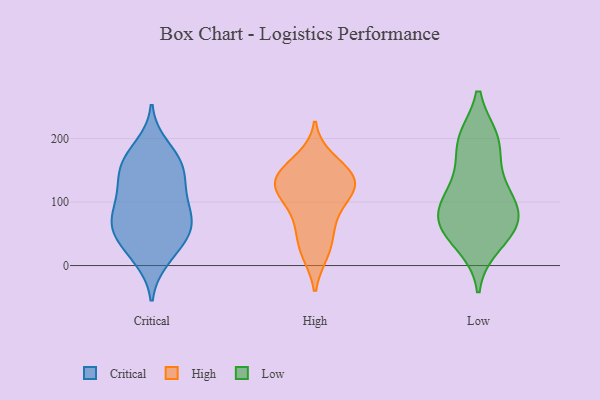
{"axis": {"x": "Waste Production (Tons)", "y": "Value"}, "legend": ["Critical", "High", "Low"], "data": [{"x": "", "y": 161, "type": "Critical"}, {"x": "", "y": 70, "type": "Critical"}, {"x": "", "y": 164, "type": "Critical"}, {"x": "", "y": 61, "type": "Critical"}, {"x": "", "y": 59, "type": "Critical"}, {"x": "", "y": 166, "type": "Critical"}, {"x": "", "y": 188, "type": "Critical"}, {"x": "", "y": 65, "type": "Critical"}, {"x": "", "y": 43, "type": "Critical"}, {"x": "", "y": 90, "type": "Critical"}, {"x": "", "y": 134, "type": "Critical"}, {"x": "", "y": 147, "type": "Critical"}, {"x": "", "y": 16, "type": "Critical"}, {"x": "", "y": 115, "type": "Critical"}, {"x": "", "y": 44, "type": "Critical"}, {"x": "", "y": 116, "type": "Critical"}, {"x": "", "y": 10, "type": "Critical"}, {"x": "", "y": 89, "type": "Critical"}, {"x": "", "y": 121, "type": "High"}, {"x": "", "y": 80, "type": "High"}, {"x": "", "y": 143, "type": "High"}, {"x": "", "y": 168, "type": "High"}, {"x": "", "y": 128, "type": "High"}, {"x": "", "y": 107, "type": "High"}, {"x": "", "y": 128, "type": "High"}, {"x": "", "y": 157, "type": "High"}, {"x": "", "y": 63, "type": "High"}, {"x": "", "y": 110, "type": "High"}, {"x": "", "y": 129, "type": "High"}, {"x": "", "y": 19, "type": "High"}, {"x": "", "y": 144, "type": "High"}, {"x": "", "y": 50, "type": "High"}, {"x": "", "y": 20, "type": "High"}, {"x": "", "y": 56, "type": "Low"}, {"x": "", "y": 79, "type": "Low"}, {"x": "", "y": 34, "type": "Low"}, {"x": "", "y": 196, "type": "Low"}, {"x": "", "y": 195, "type": "Low"}, {"x": "", "y": 116, "type": "Low"}, {"x": "", "y": 77, "type": "Low"}, {"x": "", "y": 139, "type": "Low"}, {"x": "", "y": 55, "type": "Low"}, {"x": "", "y": 104, "type": "Low"}, {"x": "", "y": 198, "type": "Low"}, {"x": "", "y": 77, "type": "Low"}]}